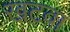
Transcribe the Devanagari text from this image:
खटवा